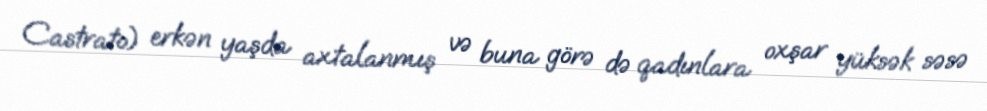
Castrato) erkən yaşda axtalanmış və buna görə də qadınlara oxşar yüksək səsə